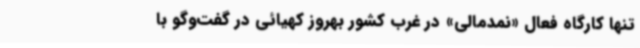
تنها کارگاه فعال «نمدمالی» در غرب کشور بهروز کهیائی در گفت‌وگو با